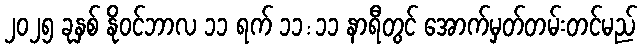
၂၀၂၅ ခုနှစ် နိုဝင်ဘာလ ၁၁ ရက် ၁၁:၁၁ နာရီတွင် အောက်မှတ်တမ်းတင်မည်